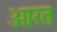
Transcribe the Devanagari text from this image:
ओरत